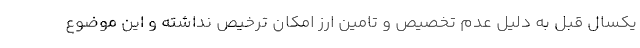
یکسال قبل به دلیل عدم تخصیص و تامین ارز امکان ترخیص نداشته و این موضوع